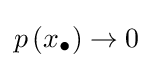
p\left(x_{\bullet }\right)\to 0